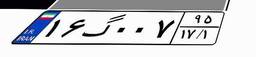
۱۶گ۰۰۷۹۵